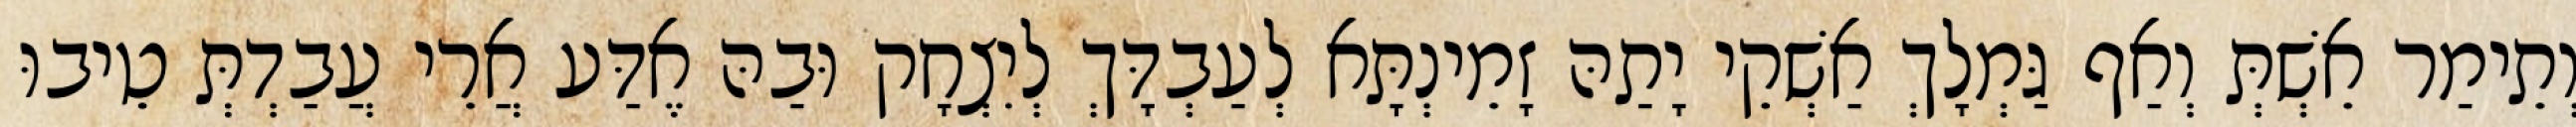
וְתֵימַר אֵשְׁתְּ וְאַף גַּמְלָךְ אַשְׁקֵי יָתַהּ זָמֵינְתָּא לְעַבְדָּךְ לְיִצְחָק וּבַהּ אֶדַּע אֲרֵי עֲבַדְתְּ טֵיבוּ